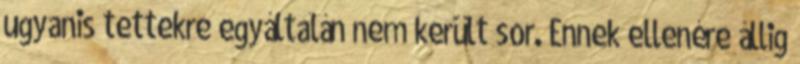
ugyanis tettekre egyáltalán nem került sor. Ennek ellenére állig